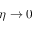
\eta \to 0